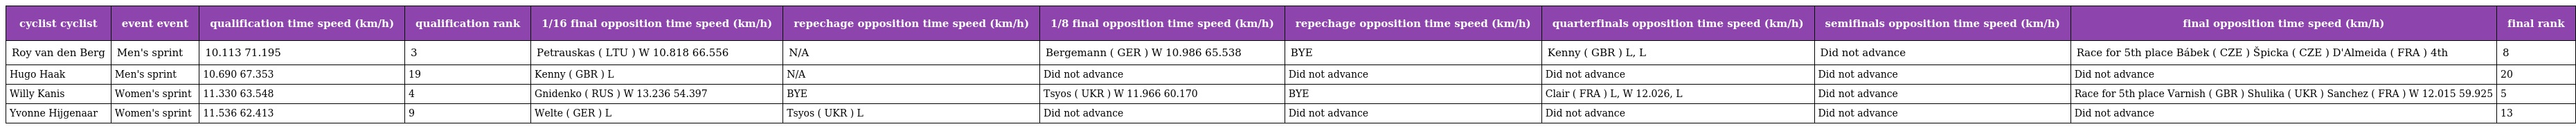
| cyclist cyclist | event event | qualification time speed (km/h) | qualification rank | 1/16 final opposition time speed (km/h) | repechage opposition time speed (km/h) | 1/8 final opposition time speed (km/h) | repechage opposition time speed (km/h) | quarterfinals opposition time speed (km/h) | semifinals opposition time speed (km/h) | final opposition time speed (km/h) | final rank |
 | --- | --- | --- | --- | --- | --- | --- | --- | --- | --- | --- | --- |
 | Roy van den Berg | Men's sprint | 10.113 71.195 | 3 | Petrauskas ( LTU ) W 10.818 66.556 | N/A | Bergemann ( GER ) W 10.986 65.538 | BYE | Kenny ( GBR ) L, L | Did not advance | Race for 5th place Bábek ( CZE ) Špicka ( CZE ) D'Almeida ( FRA ) 4th | 8 |
 | Hugo Haak | Men's sprint | 10.690 67.353 | 19 | Kenny ( GBR ) L | N/A | Did not advance | Did not advance | Did not advance | Did not advance | Did not advance | 20 |
 | Willy Kanis | Women's sprint | 11.330 63.548 | 4 | Gnidenko ( RUS ) W 13.236 54.397 | BYE | Tsyos ( UKR ) W 11.966 60.170 | BYE | Clair ( FRA ) L, W 12.026, L | Did not advance | Race for 5th place Varnish ( GBR ) Shulika ( UKR ) Sanchez ( FRA ) W 12.015 59.925 | 5 |
 | Yvonne Hijgenaar | Women's sprint | 11.536 62.413 | 9 | Welte ( GER ) L | Tsyos ( UKR ) L | Did not advance | Did not advance | Did not advance | Did not advance | Did not advance | 13 |